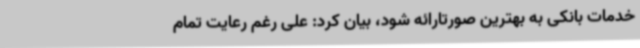
خدمات بانکی به بهترین صورتارائه شود، بیان کرد: علی رغم رعایت تمام